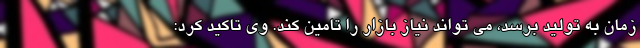
زمان به تولید برسد، می تواند نیاز بازار را تامین کند. وی تاکید کرد: